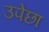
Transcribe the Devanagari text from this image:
उपेछा